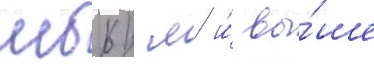
мбк/ м и́ вы́ше